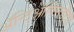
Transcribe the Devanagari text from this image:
ॲन्टिऑक्सिडेंट्स